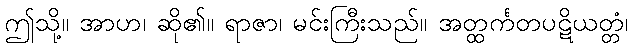
ဤသို့။ အာဟ၊ ဆို၏။ ရာဇာ၊ မင်းကြီးသည်။ အတ္ထင်္ကတပဋိယတ္တံ၊